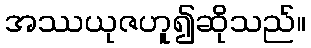
အဿယုဇဟူ၍ဆိုသည်။